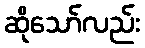
ဆိုသော်လည်း